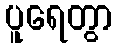
ပူရေတွာ